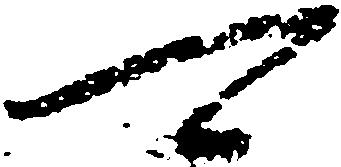
可